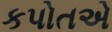
કપોતએ